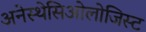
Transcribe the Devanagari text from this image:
अनेस्थेसिओलोजिस्ट